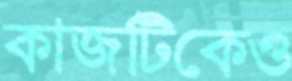
কাজটিকেও